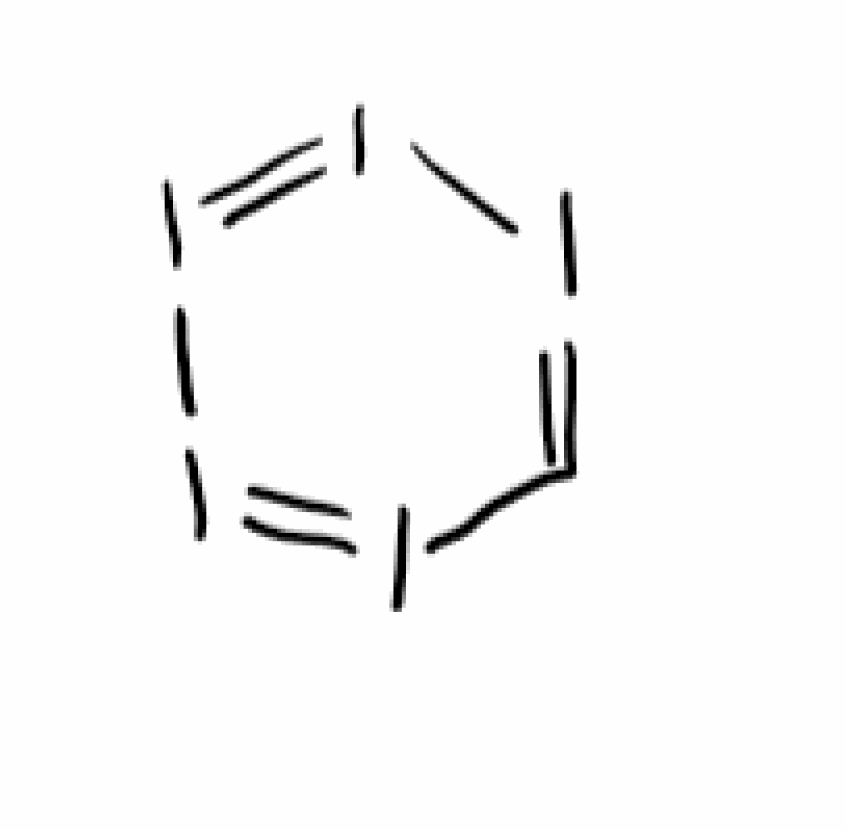
Simplified molecular-input line-entry system (SMILES) notation of the given molecule:
C1=II=II=I1